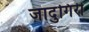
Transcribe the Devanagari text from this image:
जादुगिरी